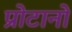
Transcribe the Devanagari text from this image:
प्रोटानो